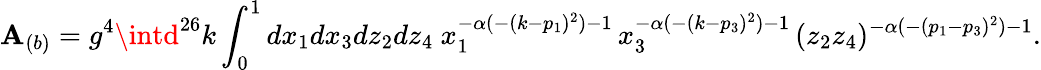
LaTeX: \mathbf{A}_{(b)}=g^{4}\intd^{26}k\int_{0}^{1}dx_{1}dx_{3}dz_{2}dz_{4}~x_{1}^{-\alpha(-(k-p_{1})^{2})-1}\, x_{3}^{-\alpha(-(k-p_{3})^{2})-1}\, (z_{2}z_{4})^{-\alpha(-(p_{1}-p_{3})^{2})-1}.